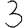
Digit: 3